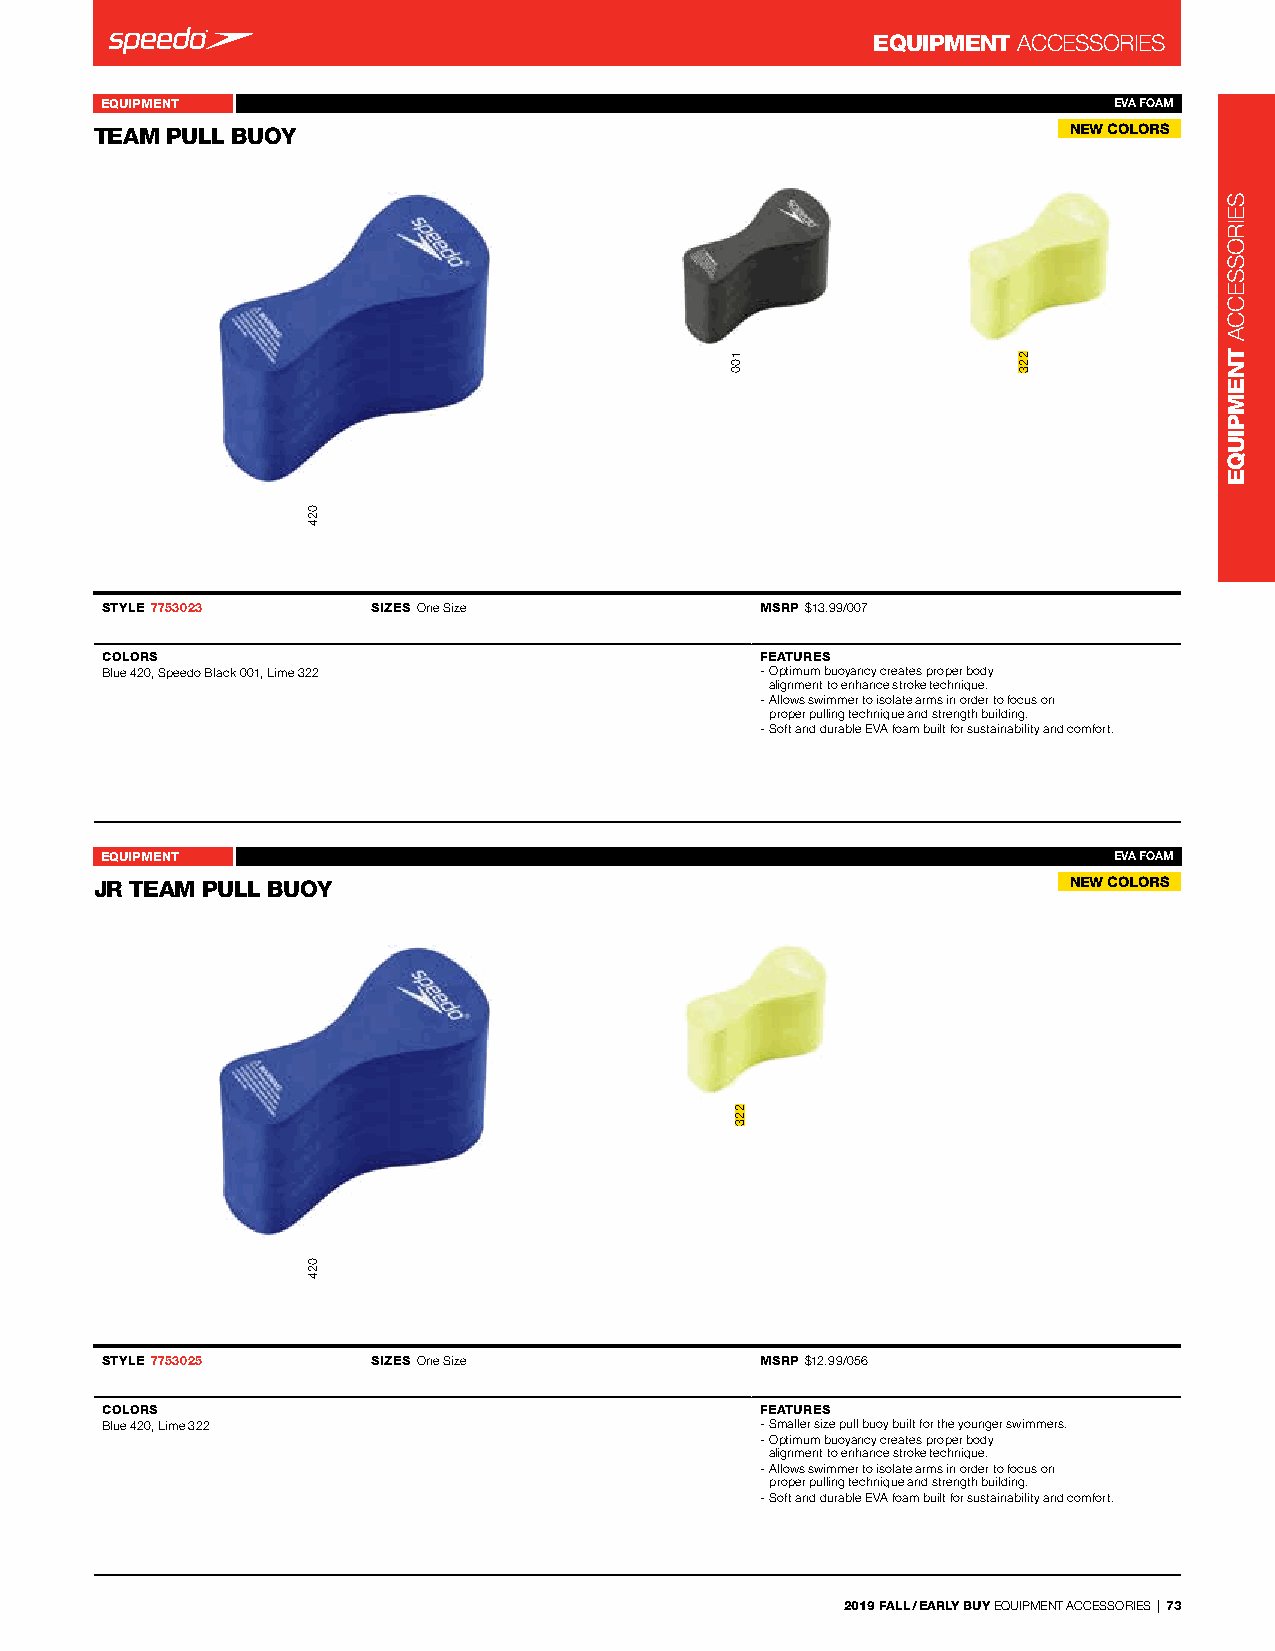
EQUIPMENT ACCessorIes
 EQUIPMENT                                               Team Pull Buoy 7753023 EVA FOAM
 TEAM PULL BUOY                  -                                NEW COLORS
 STYLE 7753023     SIZES one size           MSRP $13.99/007
 COLORS                                     FEATURES
 Blue 420, speedo Black 001, lime 322       - optimum buoyancy creates proper body
 alignment to enhance stroke technique.
 - Allows swimmer to isolate arms in order to focus on
 proper pulling technique and strength building.
 - soft and durable eVA foam built for sustainability and comfort.
 EQUIPMENT                                               Jr Team Pull Buoy 7753025 EVA FOAM
 JR TEAM PULL BUOY               -                                NEW COLORS
 STYLE 7753025     SIZES one size           MSRP $12.99/056
 COLORS                                     FEATURES
 Blue 420, lime 322                         - smaller size pull buoy built for the younger swimmers.
 - optimum buoyancy creates proper body
 alignment to enhance stroke technique.
 - Allows swimmer to isolate arms in order to focus on
 proper pulling technique and strength building.
 - soft and durable eVA foam built for sustainability and comfort.
 2019 FALL / EARLY BUY eQUIPMenT ACCessorIes | 73
 024
 024
 100
 223
 223
 seIrosseCCA
 TNEMPIUQE